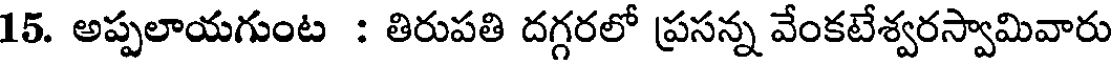
15. అప్పలాయగుంట : తిరుపతి దగ్గరలో ప్రసన్న వేంకటేశ్వరస్వామివారు